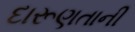
દારૂણતાની